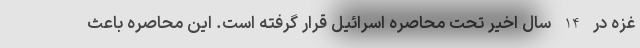
غزه در 14 سال اخیر تحت محاصره اسرائیل قرار گرفته است. این محاصره باعث